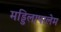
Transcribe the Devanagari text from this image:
मड्डिलापालेम